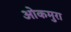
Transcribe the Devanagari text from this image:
ओकमुरा